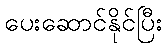
ပေးဆောင်နိုင်ပြီး